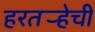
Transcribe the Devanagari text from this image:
हरतर्‍हेची